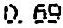
0.69